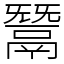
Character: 鬵